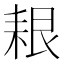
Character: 𦫎